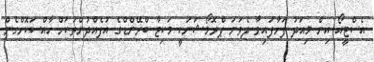
އެސްޓީއޯ އިން މިއަދު ފަށާފައިވާ ދެވަނަ ޕްރޮމޯޝަނަކީ މަކިޓާ ބްރޭންޑްގެ އުފެއްދުންތަކަށް ހާއްސަކޮށްގެން